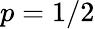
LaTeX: p=1/2